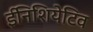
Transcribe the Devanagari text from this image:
ईनिशियेटिव